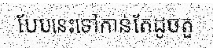
បែបនេះទៅកាន់តែដូចតួ